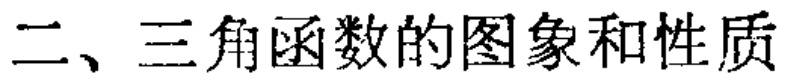
二、三角函数的图象和性质